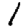
Digit: 1